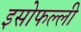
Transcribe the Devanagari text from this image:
इसोफल्ली